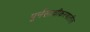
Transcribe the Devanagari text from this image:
पूर्नसाचीकरणातील